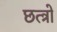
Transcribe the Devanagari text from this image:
छत्त्रो